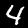
Label: 4